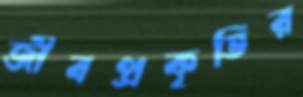
জীবপ্রকৃতির